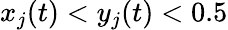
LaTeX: x_{j}(t)<y_{j}(t)<0.5